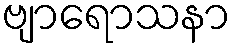
ဗျာရောသနာ